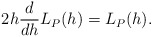
\begin{align*} 2h\frac{d}{dh}L_P(h)=L_P(h). \end{align*}